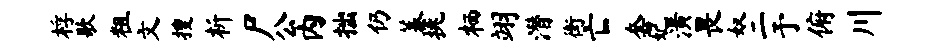
桴歌粗文搜析尸公内拙仍蓁挑栖翊潜街亡套妃潢畏奴二予俯川